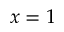
x = 1